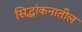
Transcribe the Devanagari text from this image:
सिद्धांकनातील